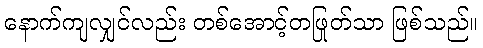
နောက်ကျလျှင်လည်း တစ်အောင့်တဖြုတ်သာ ဖြစ်သည်။